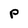
Character: P